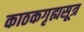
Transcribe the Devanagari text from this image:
काठकगृह्यसूत्र